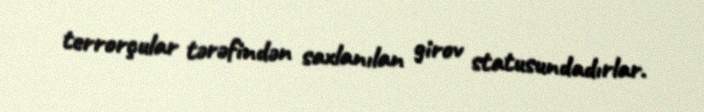
terrorçular tərəfindən saxlanılan girov statusundadırlar.